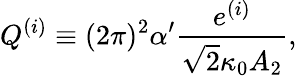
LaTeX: Q^{(i)}\equiv(2\pi)^{2}\alpha^{\prime}\frac{e^{(i)}}{\sqrt{2}\kappa_{0}A_{2}},